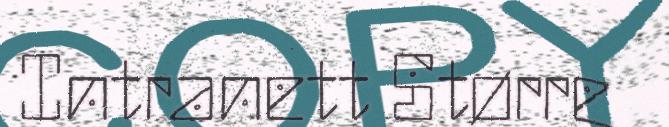
Intranett Større